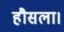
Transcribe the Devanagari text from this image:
हौसला।